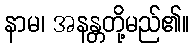
နာမ၊ အနန္တတို့မည်၏။